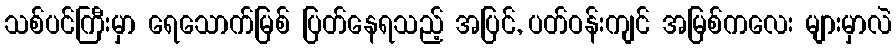
သစ်ပင်ကြီးမှာ ရေသောက်မြစ် ပြတ်နေရသည့် အပြင်, ပတ်ဝန်းကျင် အမြစ်ကလေး များမှာလဲ